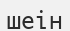
шеін